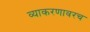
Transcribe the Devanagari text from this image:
व्याकरणावरच